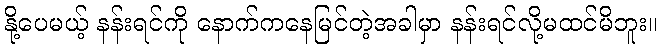
နို့ပေမယ့် နန်းရင်ကို နောက်ကနေမြင်တဲ့အခါမှာ နန်းရင်လို့မထင်မိဘူး။